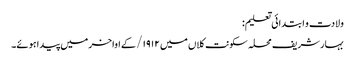
ولادت و ابتدائی تعلیم:
بہار شریف محلہ سکونت کلاں میں ۱۹۱۲/ کے اواخر میں پیدا ہوئے۔